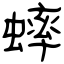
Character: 蟀